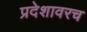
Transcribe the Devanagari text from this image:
प्रदेशावरच